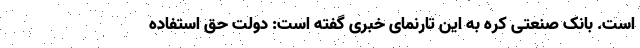
است. بانک صنعتی کره به این تارنمای خبری گفته است: دولت حق استفاده